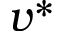
v ^ { * }